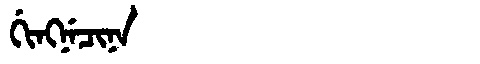
Manchu: ᡤᡳᠩᠨᡝᠴᡳᠨᠠ
Romanization: GINGNECINA